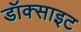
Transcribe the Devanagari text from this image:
डॉक्साइट